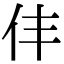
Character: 仹